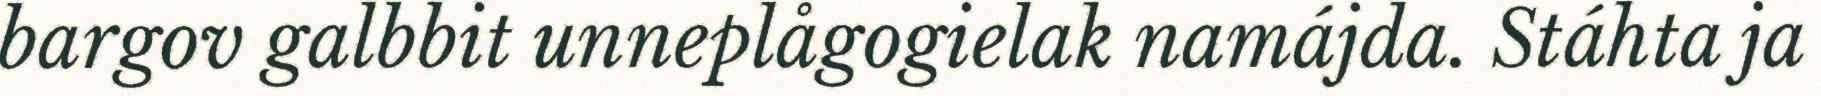
bargov galbbit unneplågogielak namájda. Stáhta ja